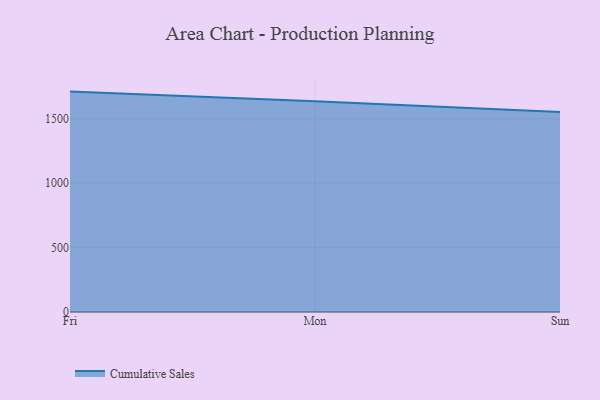
{"axis": {"x": "Day", "y": "Energy Usage (MWh)"}, "legend": ["Cumulative Sales"], "data": [{"x": "Fri", "y": 1710.8, "type": "Cumulative Sales"}, {"x": "Mon", "y": 1636.6, "type": "Cumulative Sales"}, {"x": "Sun", "y": 1552.0, "type": "Cumulative Sales"}]}